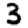
Digit: 3